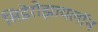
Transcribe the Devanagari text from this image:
सिडेरोझायलॉन